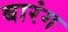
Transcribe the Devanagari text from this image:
बारंग